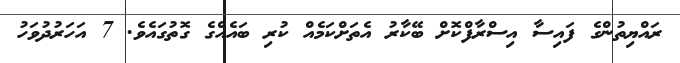
ރައްޔިތުންގެ ފައިސާ އިސްރާފްކޮށް ބޭކާރު އެތަށްކަމެެއް ކުރި ބައެއްގެ ގޮތުގައެވެ. 7 އަހަރުދުވަހު